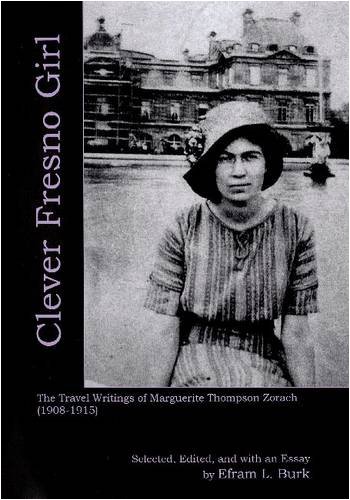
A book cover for Clever Fresno Girl: The Travel Writings of Marguerite Thompson Zorach (1908-1915); Marguerite Zorach; Travel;